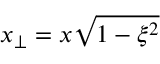
x _ { \perp } = x \sqrt { 1 - \xi ^ { 2 } }